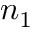
n _ { 1 }